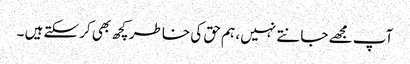
آپ مجھے جانتے نہیں ، ہم حق کی خاطر کچھ بھی کرسکتے ہیں ۔